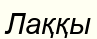
Лаққы